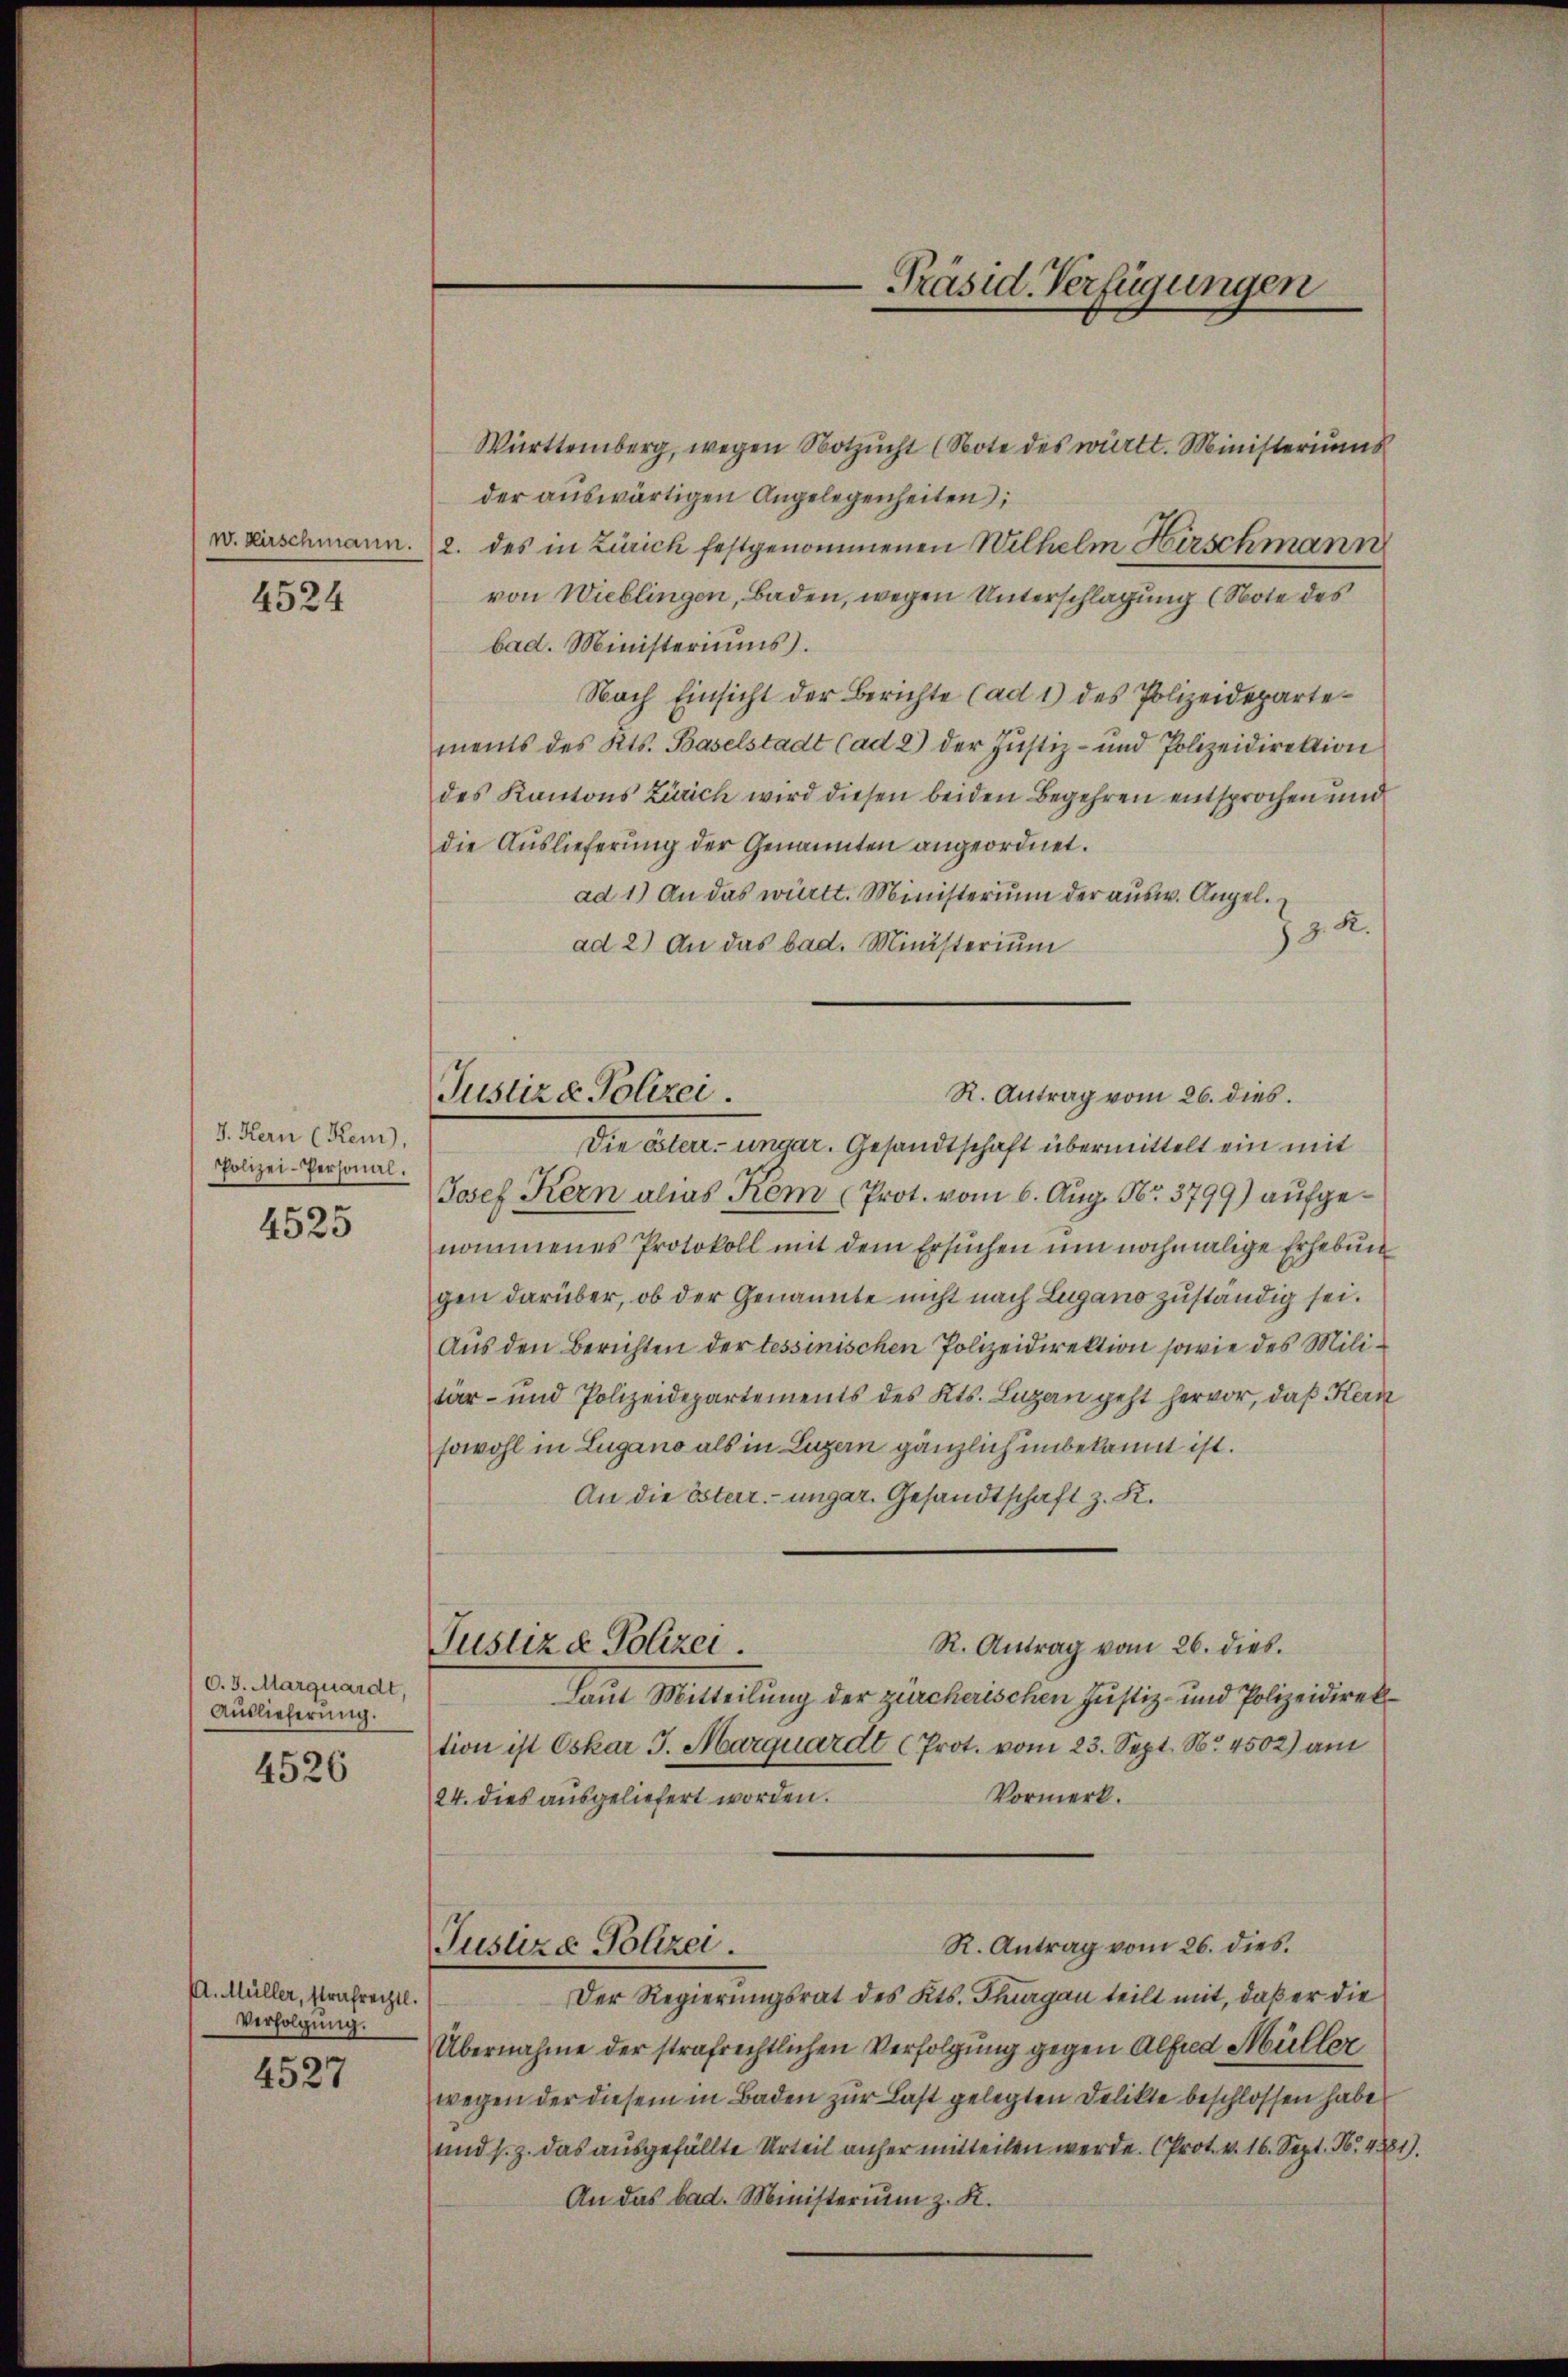
w. Kirschmann.

4524

J. Kern (Rem),
Polizei-Personal.

4525

O. 3. Marquardt,
Auslieferung.

4526

A. Müller, strafrechtl.
Verfolgung.

4527

Justiz & Polizei.

Württemberg, wegen Notzucht (Note des württ. Ministeriums
der auswärtigen Angelegenheiten
2. des in Zürich festgenommenen Wilhelm Hirschmann
von Wieblingen, Baden, wegen Unterschlagung (Note des
bad. Ministeriums.
Nach Einsicht der Berichte (ad 1) des Polizeidepartements des Kts. Baselstadt (ad 2) der Justiz- und Polizeidirektion
des Kantons Zürich wird diesen beiden Begehren entsprochen und
die Auslieferung der Genannten angeordnet.
ad 1.) An das württ. Ministerium der ausw. Angel.
J. J. K.
ad 2) An das bad. Ministerium
R. Antrag vom 26. dies
Die öster- ungar. Gesandtschaft übermittelt ein mit
Josef Kern alias dem Prot. vom 6. Aug. Nr. 3799) aufgenommenes Protokoll mit dem Ersuchen um nochmalige Erhebung
gen darüber, ob der Genannte nicht nach Lugano zuständig sei.
Aus den Berichten der tessinischen Polizeidirektion sowie des Militär- und Polizeidepartements des Kts. Lugan geht hervor, daß Kern
sowohl in Lugano als in Luzern gänzlich unbekannt ist.
An die österr. ungar. Gesandtschaft z. K.
R. Antrag vom 26. dies
Justiz & Polizei.
Laut Mitteilung der zürcherischen Justiz- und Polizeidirektion ist Oskar J. Marquardt (Prot. vom 23. Sept. No 4502) am
Vormerk.
24. dies ausgeliefert worden.
R. Antrag vom 26. dies.
Justiza Polizei.
Der Regierungsrat des Kts. Thurgau teilt mit, daß er die
Übernahme der strafrechtlichen Verfolgung gegen Alfred Müller
wegen der diesem in Baden zur Last gelegten Delikte beschlossen habe
und s. z. das ausgefällte Urteil anher mitteilen werde. (Prot. v. 16. Sept. No. 4881)
An das bad. Ministerium z. K.

Präsid. Verfügungen